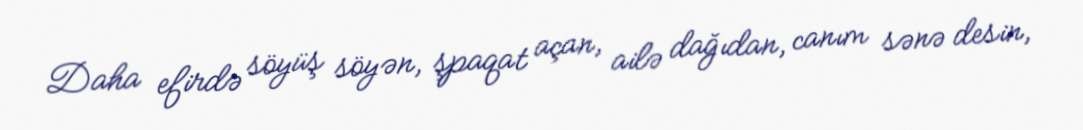
Daha efirdə söyüş söyən, şpaqat açan, ailə dağıdan, canım sənə desin,